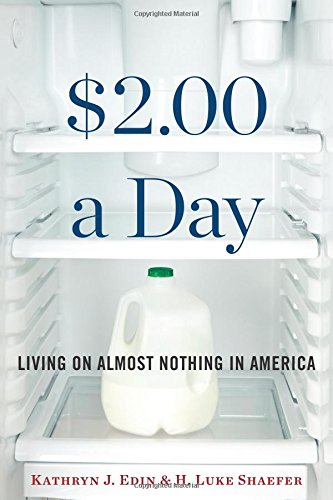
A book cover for $2.00 a Day: Living on Almost Nothing in America; Kathryn J. Edin; Politics & Social Sciences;